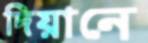
দিয়ানে